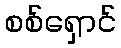
စစ်ရှောင်